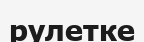
рулетке